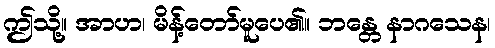
ဤသို့။ အာဟ၊ မိန့်တော်မူပေ၏။ ဘန္တေ နာဂသေန၊